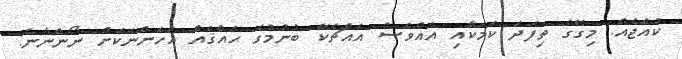
ކުއްޖެއް. މިގޭގެ ތިފަދަ ކަމަކާއި އެއްވެސް އެއްޗެކޭ ބުނުމުގެ ޙައްޤެއް އަހަންނަކަށް ނޯންނާނެ.